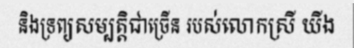
និងទ្រព្យសម្បត្តិជាច្រើន របស់លោកស្រី យីង